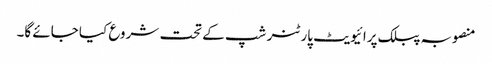
منصوبہ پبلک پرائیویٹ پارٹنر شپ کے تحت شروع کیا جائے گا۔